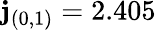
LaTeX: \mathbf{j}_{(0,1)}=2.405